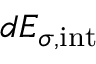
d { \cal E } _ { \sigma , \mathrm { i n t } }